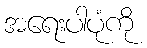
အရေးပါပုံကို